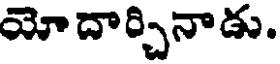
యోదార్చినాడు.